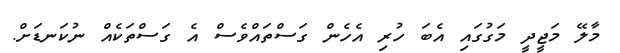
މާލޭ މަޖީދީ މަގުގައި އެބަ ހުރި އެހެން ގަސްތައްވެސް އެ ގަސްތަކެއް ނުކަނޑަށް.